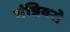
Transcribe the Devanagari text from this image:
मंत्रिवरो